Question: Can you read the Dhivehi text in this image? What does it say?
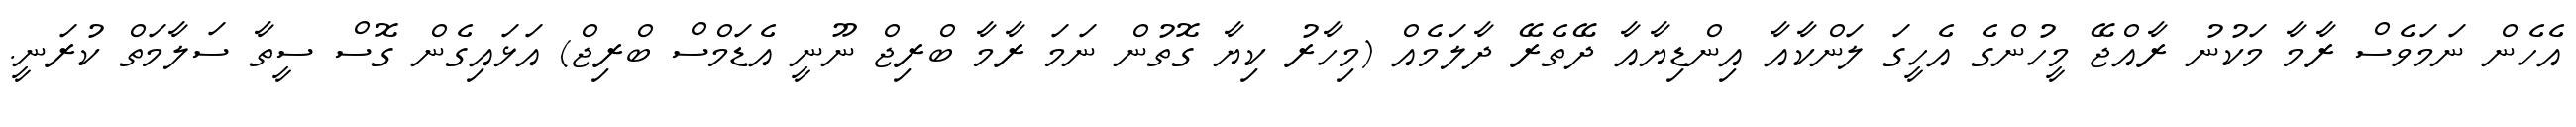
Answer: އެހެން ނަމަވެސް ރާމާ މަކުނު ރާއްޖޭ މީހުންގެ އެހީގަ ލަންކާއާ އިންޑިޔާއާ ދޭތެރޭ ދާލަމެއް (މިހާރު ކިޔާ ގޮތުން ނަމަ ރާމާ ބްރިޖް ނޫނީ އެޑަމްސް ބްރިޖް) އަޅައިގެން ގޮސް ސީތާ ސަލާމަތް ކުރަނީ.